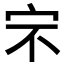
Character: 𰌶